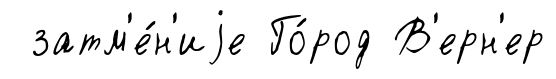
затм'е́н'иjе Го́род В'ерн'ер